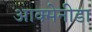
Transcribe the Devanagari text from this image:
आक्मेनीडा